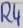
Text: R4